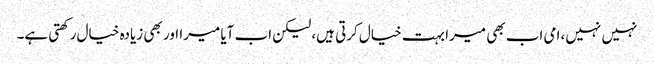
نہیں نہیں، امی اب بھی میرا بہت خیال کرتی ہیں، لیکن اب آیا میرا اور بھی زیادہ خیال رکھتی ہے۔